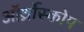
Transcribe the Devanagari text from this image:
ऑर्थ्रोस्कोप